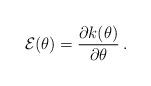
LaTeX: \begin{align*} {\cal E}(\theta)=\frac{\partial k(\theta)}{\partial \theta}\, .\end{align*}